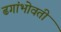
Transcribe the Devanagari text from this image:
ढगांभोवती